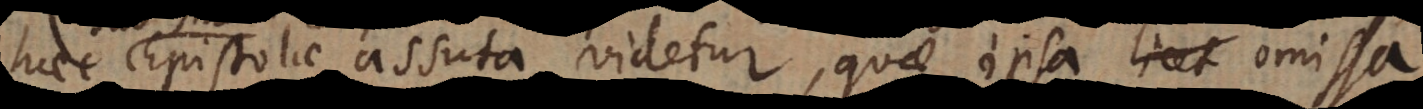
haec Epistolae assuta videtur, quae ipsa omissa